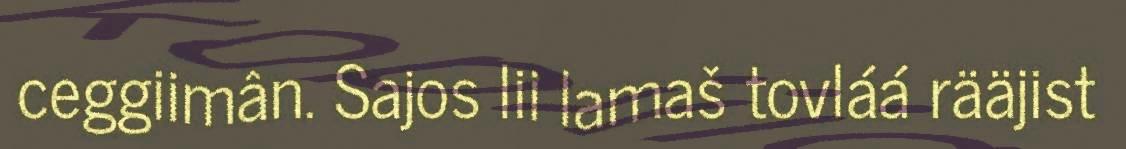
ceggiimân. Sajos lii lamaš tovláá rääjist